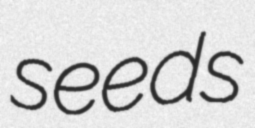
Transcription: seeds